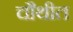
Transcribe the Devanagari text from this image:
चौथीत